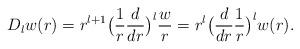
LaTeX: \begin{align*} D_{l} w(r) = r^{l+1} \bigl(\frac{1}{r}\frac{d}{dr}\bigr)^{l} \frac{w}{r}= r^{l}\bigl(\frac{d}{dr}\frac{1}{r}\bigr)^{l} w(r) .\end{align*}